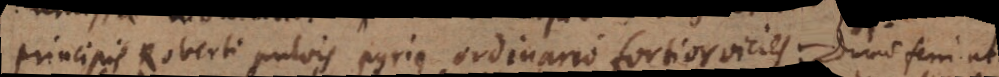
Principis Roberti pulvis pyrius ordinario fortior vicies: Duratio ferri ut